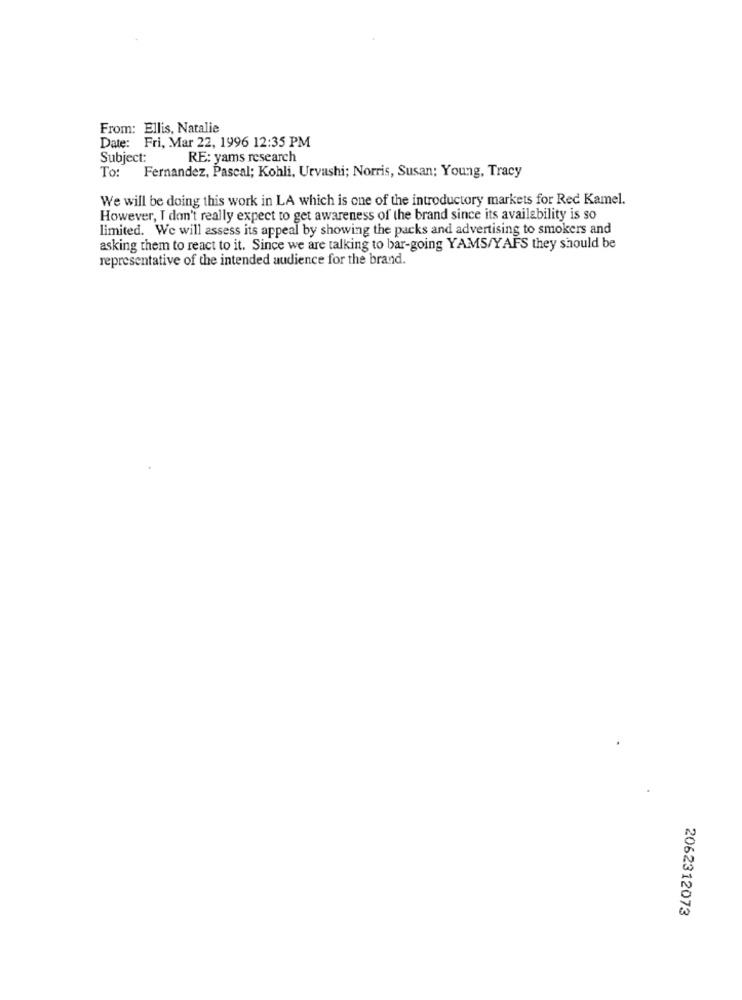
From: Ellis, Natalie
Date: Fri, Mar 22, 1996 12:35 PM
Subject:
RE: yams research
To:
Fernandez, Pascal; Kohli, Urvashi; Norris, Susan: Young, Tracy
We will be doing this work in LA which is one of the introductory markets for Red Kamel.
However, I don't really expect to get awareness of the brand since its availability is so
limited. We will assess its appeal by showing the packs and advertising to smokers and
asking them to react to it. Since we are talking to bar-going YAMS/YAFS they should be
representative of the intended audience for the brand.
2062312073